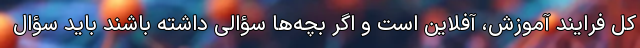
کل فرایند آموزش، آفلاین است و اگر بچه‌ها سؤالی داشته باشند باید سؤال